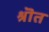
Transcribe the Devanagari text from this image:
श्रॊत